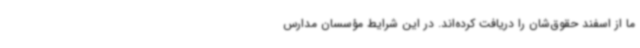
ما از اسفند حقوق‌شان را دریافت کرده‌اند. در این شرایط مؤسسان مدارس